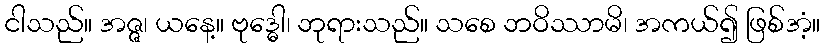
ငါသည်။ အဇ္ဇ၊ ယနေ့။ ဗုဒ္ဓေါ၊ ဘုရားသည်။ သစေ ဘဝိဿာမိ၊ အကယ်၍ ဖြစ်အံ့။